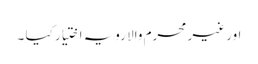
اور غیر محرم والا رویہ اختیار کیا ۔